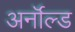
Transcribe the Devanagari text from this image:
अर्नॉल्ड